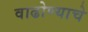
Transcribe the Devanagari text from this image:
वाढोण्याचे